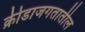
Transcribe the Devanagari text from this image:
क्रीडाजगतातील